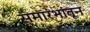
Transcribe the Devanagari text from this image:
समारंभांतून